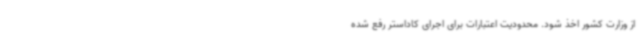
از وزارت کشور اخذ شود. محدودیت اعتبارات برای اجرای کاداستر رفع شده